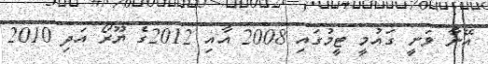
އޭނާ ވަނީ ގައުމީ ޓީމުގައި 2008 އާއި 2012ގެ ޔޫރޯ އަދި 2010